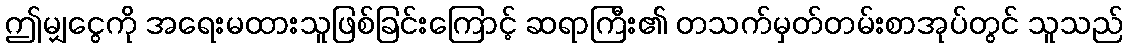
ဤမျှငွေကို အရေးမထားသူဖြစ်ခြင်းကြောင့် ဆရာကြီး၏ တသက်မှတ်တမ်းစာအုပ်တွင် သူသည်